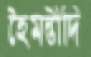
হৈমন্তীদি